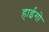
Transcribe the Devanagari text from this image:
हाईगो